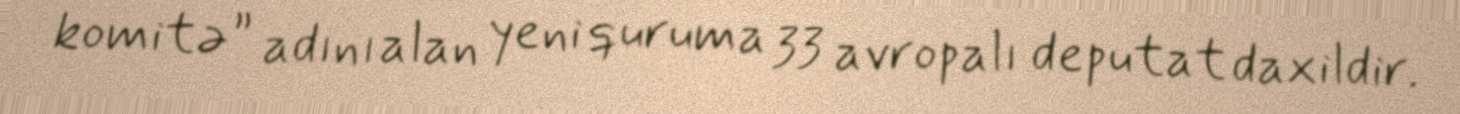
komitə” adını alan yeni quruma 33 avropalı deputat daxildir.